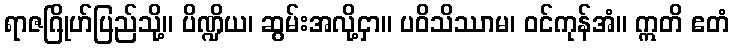
ရာဇဂြိုဟ်ပြည်သို့။ ပိဏ္ဍိယ၊ ဆွမ်းအလို့ငှာ။ ပဝိသိဿာမ၊ ဝင်ကုန်အံ။ ဣတိ ဧတံ